King Institute of Preventive Medicine Micro-Biological Section reports 1912-19
Year: 1912
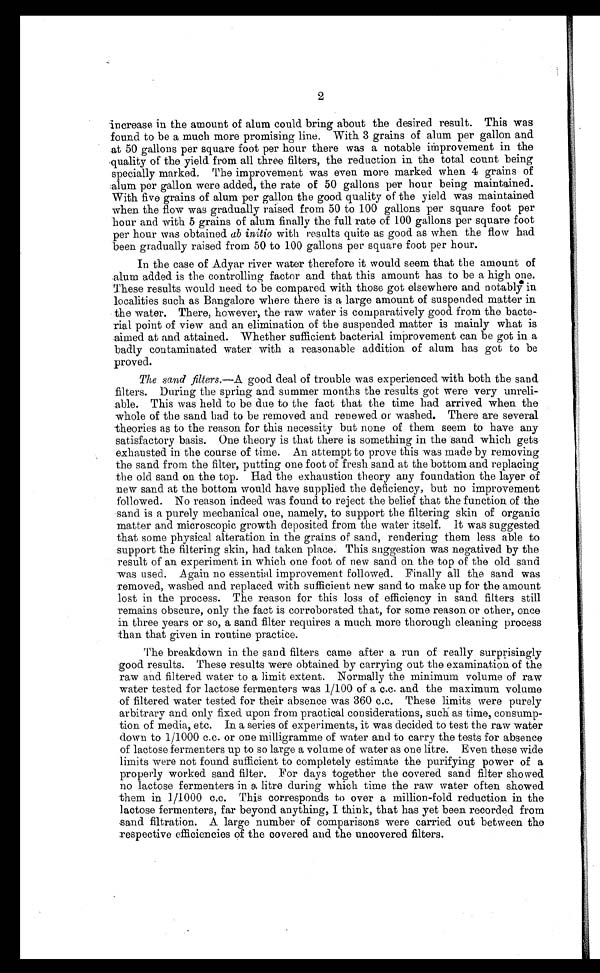
2
increase, in the amount of alum could bring about the desired result. This was
found to be a much more promising line. With 3 grains of alum per gallon and
at 50 gallons per square foot per hour there was a notable improvement in the
quality of the yield from all three filters, the reduction in the total count being
specially marked. The improvement was even more marked when 4 grains of
alum per gallon were added, the rate of 50 gallons per hour being maintained.
With five grains of alum per gallon the good quality of the yield was maintained
when the flow was gradually raised from 50 to 100 gallons per square foot per
hour and with 5 grains of alum finally the full rate of 100 gallons per square foot
per hour was obtained ab initio with results quite as good as when the flow had
been gradually raised from 50 to 100 gallons per square foot per hour.
In the case of Adyar river water therefore it would seem that the amount of
alum added is the controlling factor and that this amount has to be a high one.
These results would need to be compared with those got elsewhere and notably in
localities such as Bangalore where there is a large amount of suspended matter in
the water. There, however, the raw water is comparatively good from the bacte
-rial point of view and an elimination of the suspended matter is mainly what is
aimed at and attained. Whether sufficient bacterial improvement can be got in a
badly contaminated water with a reasonable addition of alum has got to be
proved.
The sand filters .—A good deal of trouble was experienced with both the sand
filters. During the spring and summer months the results got were very unreli
- a b l e . T h i s w a s h e l d t o b e d u e t o t h e f a c t t h a t t h e t i m e h a d a r r i v e d w h e n t h e
whole of the sand had to be removed and renewed or washed. There are several
theories as to the reason for this necessity but none of them seem to have any
satisfactory basis. One theory is that there is something in the sand which gets
exhausted in the course of time. An attempt to prove this was made by removing
the sand from the filter, putting one foot of fresh sand at the bottom and replacing
the old sand on the top. Had the exhaustion theory any foundation the layer of
new sand at the bottom would have supplied the deficiency, but no improvement
followed. No reason indeed was found to reject the belief that the function of .the
sand is a purely mechanical one, namely, to support the filtering skin of organic
matter and microscopic growth deposited from the water itself. It was suggested
that some physical alteration in the grains of sand, rendering them less able to
support the filtering skin, had taken place. This suggestion was negatived by the
result of an experiment in which one foot of new sand on the top of the old sand
was used. Again no essential improvement followed. Finally all the sand was
removed, washed and replaced with sufficient new sand to make up for the amount
lost in the process. The reason for this loss of efficiency in sand filters still
remains obscure, only the fact is corroborated that, for some reason or other, once
in three years or so, a sand filter requires a much more thorough cleaning process
than that given in routine practice.
The breakdown in the sand filters came after a run of really surprisingly
good results. These results were obtained by carrying out the examination of the
raw and filtered water to a limit extent. Normally the minimum volume of raw
water tested for lactose fermenters was 1/100 of a c.c. and the maximum volume
of filtered water tested for their absence was 360 c.c. These limits were purely
arbitrary and only fixed upon from practical considerations, such as time, consump
- t i o n o f m e d i a , e t c . I n a s e r i e s o f e x p e r i m e n t s , i t w a s d e c i d e d t o t e s t t h e r a w w a t e r
down to 1/1000 c.c. or one milligramme of water and to carry the tests for absence
of lactose fermenters up to so large a volume of water as one litre. Even these wide
limits were not found sufficient to completely estimate the purifying power of a
properly worked sand filter. For days together the covered sand filter showed
no lactose fermenters in a litre during which time the raw water often showed
them in 1/1000 c.c. This corresponds to over a million-fold reduction in the
lactose fermenters, far beyond anything, I think, that has yet been recorded from
sand filtration. A large number of comparisons were carried out between the
respective efficiencies of the covered and the uncovered filters.